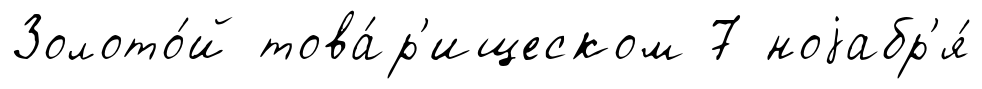
Золото́й това́р'ищеском 7 ноjабр'я́